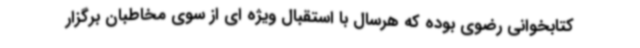
کتابخوانی رضوی بوده که هرسال با استقبال ویژه ای از سوی مخاطبان برگزار